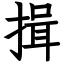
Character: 揖